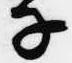
子